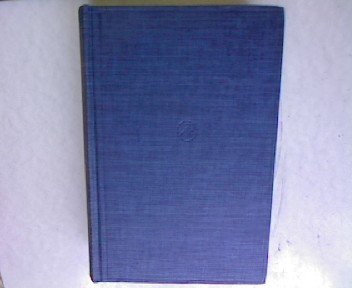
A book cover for The Alkaloids: Chemistry and Physiology, Volume II; R.H.F. and Holmes, H.L. Manske; Science & Math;